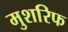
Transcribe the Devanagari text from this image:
मुशरिफ